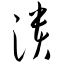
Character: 溃